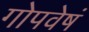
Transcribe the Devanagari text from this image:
गोपवेषं